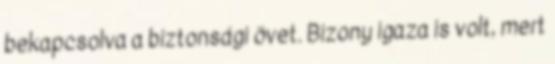
bekapcsolva a biztonsági övet. Bizony igaza is volt, mert